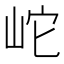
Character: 岮